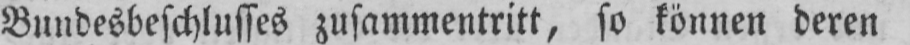
Bundesbeschlusses zusammentritt, so können deren